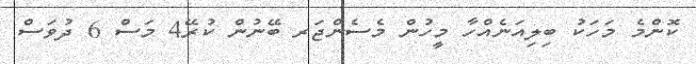
ކޮންމެ މަހަކު ބިލިއަނެއްހާ މީހުން މެސެންޖަރ ބޭނުން ކުރޭ4 މަސް 6 ދުވަސް